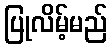
ပြုလိမ့်မည်